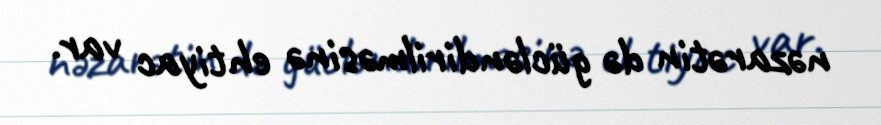
nəzarətin də gücləndirilməsinə ehtiyac var.